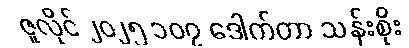
ဇူလိုင် ၂၀၂၅ ၁၀၇ ဒေါက်တာ သန်းစိုး